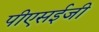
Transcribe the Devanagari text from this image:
पीएसईजी